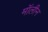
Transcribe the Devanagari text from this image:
मॉलीन